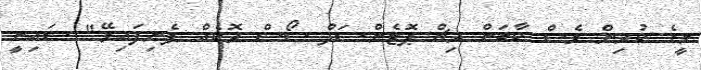
މީގެ ކުރިން ވެސް ކާބަން ރިޗް ޕޮޓެންޝަލް ސޯސް ރޮކެއް ފެނިފައިވޭ" ޝައިނީ